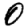
Digit: 0